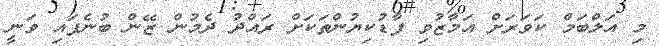
މި އަލްބަމް ކަވަރަށް އަމާޒުވި ފާޑުކިޔުންތަކަށް ރައްދު ދެމުން ޒޭން ބުނެފައި ވަނީ